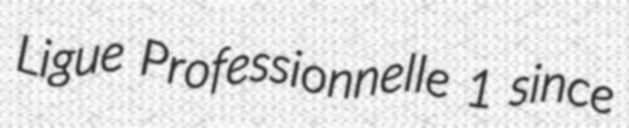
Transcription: Ligue Professionnelle 1 since